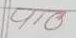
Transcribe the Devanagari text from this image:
पयोहो